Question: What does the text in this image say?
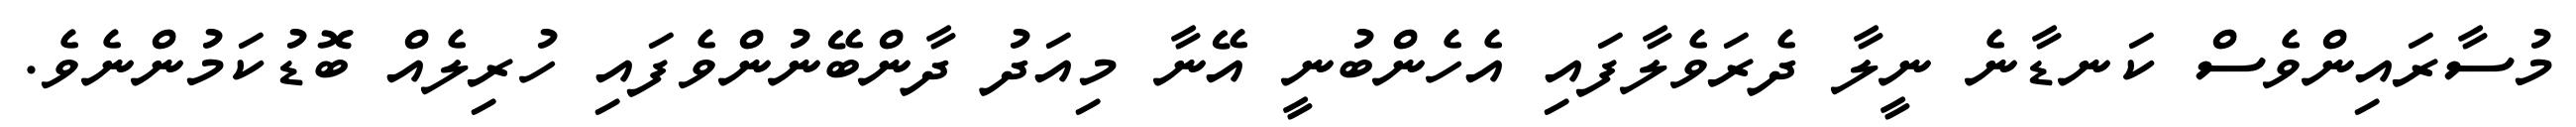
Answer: މުސާރައިންވެސް ކަނޑާނެ ނީލާ ދެރަވެލާފައި އެހެންބުނީ އޭނާ މިއަދު ދާންބޭނުންވެފައި ހުރިލެއް ބޮޑުކަމުންނެވެ.